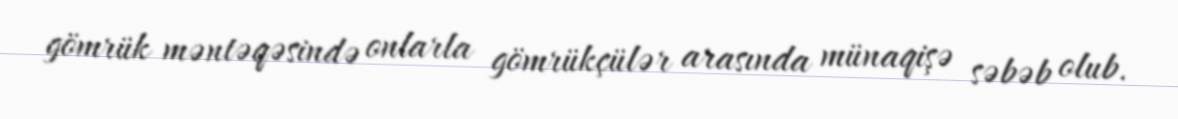
gömrük məntəqəsində onlarla gömrükçülər arasında münaqişə səbəb olub.